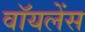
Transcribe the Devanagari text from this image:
वॉयलेंस